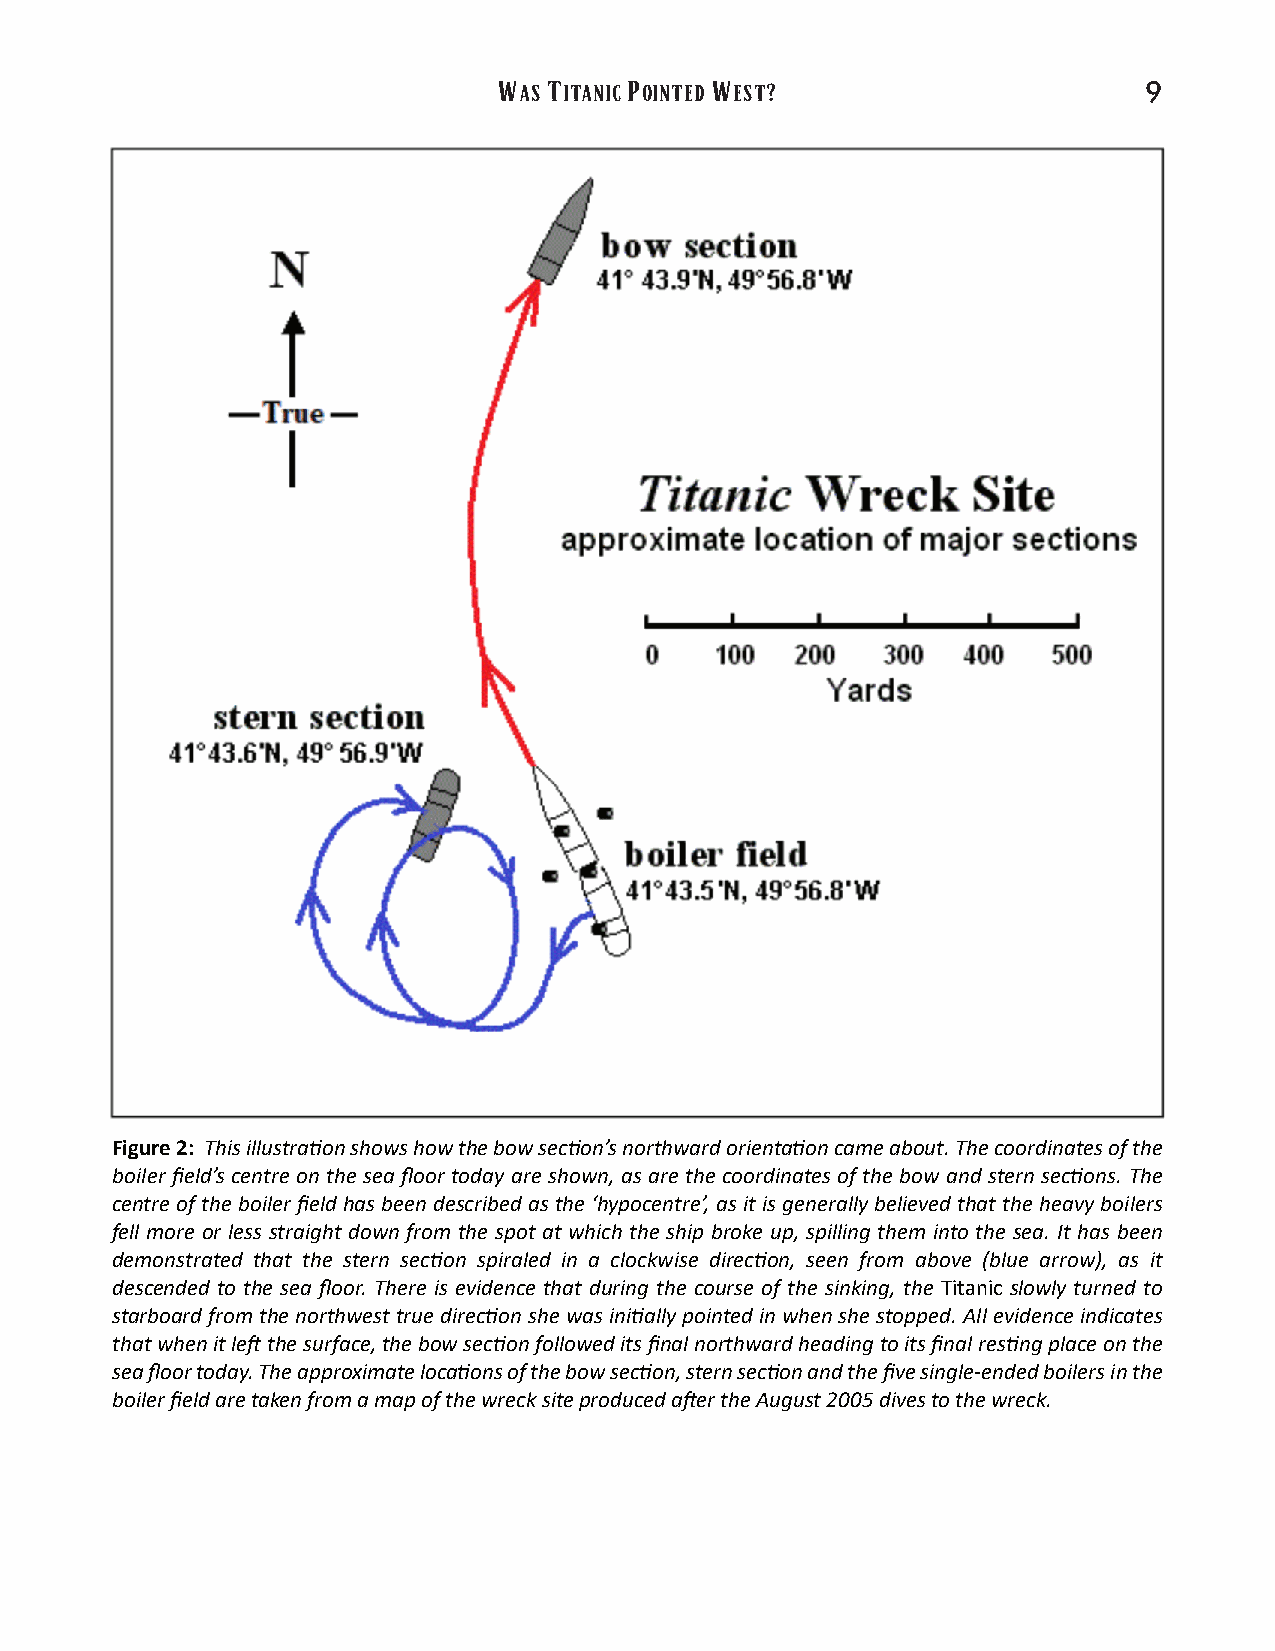
W  T     P    W   ?
 AS ITANIC OINTED EST                      9
 Figure2: Thisillustra�onshowshowthebowsec�on’snorthwardorienta�oncameabout.Thecoordinatesofthe
 boiler field’s centre on the sea floor today are shown, as are the coordinates of the bow and stern sec�ons. The
 centreoftheboilerfieldhasbeendescribedasthe‘hypocentre’,asitisgenerallybelievedthattheheavyboilers
 fell more or less straight down from the spot at which the ship broke up, spilling them into the sea. It has been
 demonstrated that the stern sec�on spiraled in a clockwise direc�on, seen from above (blue arrow), as it
 descended to the sea floor. There is evidence that during the course of the sinking, the Titanic slowly turned to
 starboardfromthenorthwesttruedirec�onshewasini�allypointedinwhenshestopped.Allevidenceindicates
 thatwhenitle�thesurface,thebowsec�onfolloweditsfinalnorthwardheadingtoitsfinalres�ngplaceonthe
 seafloortoday.Theapproximateloca�onsofthebowsec�on,sternsec�onandthefivesingle-endedboilersinthe
 boilerfieldaretakenfromamapofthewrecksiteproduceda�ertheAugust2005divestothewreck.